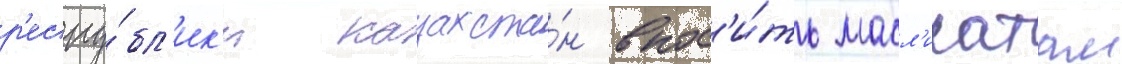
р'еспу́бл'ик'и казахста́н внос'и́ть масл'ихатам